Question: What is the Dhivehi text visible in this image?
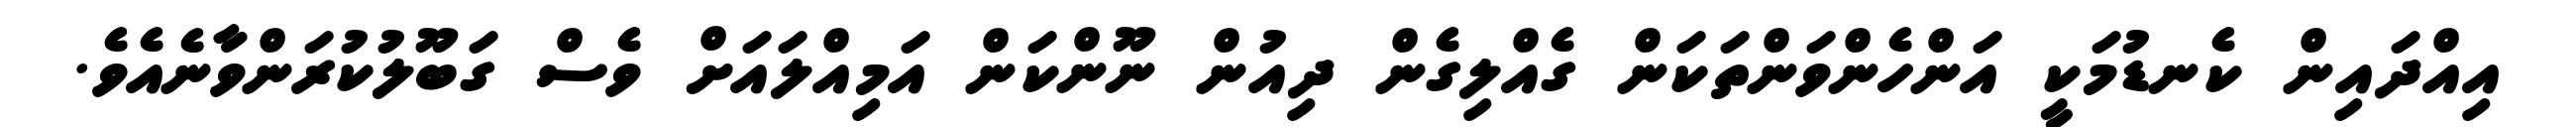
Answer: އިއްދައިން ކެނޑުމަކީ އަންހެންވަންތަކަން ގެއްލިގެން ދިއުން ނޫންކަން އަމިއްލައަށް ވެސް ގަބޫލުކުރަންވާނެއެވެ.